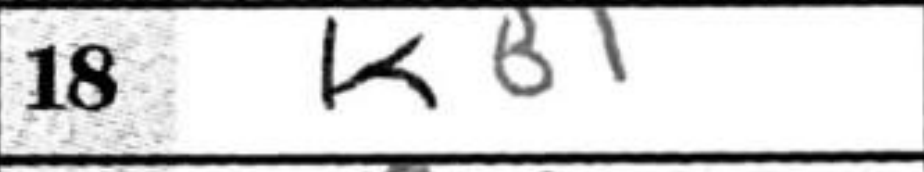
Transcription: KB1